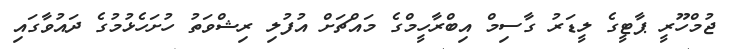
ޖުމްހޫރީ ޕާޓީގެ ލީޑަރު ގާސިމް އިބްރާހީމްގެ މައްޗަށް އުފުލި ރިޝްވަތު ހުށަހެޅުމުގެ ދައުވާގައި